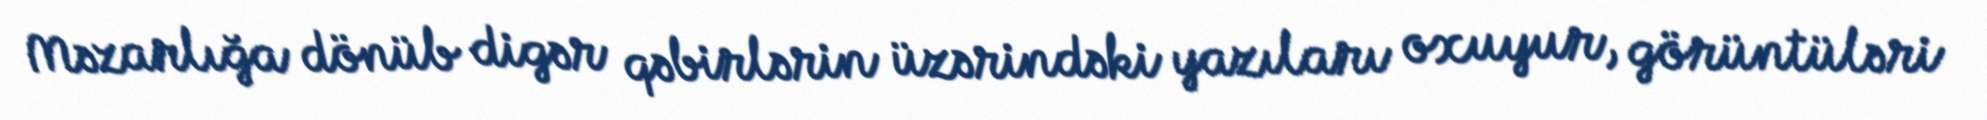
Məzarlığa dönüb digər qəbirlərin üzərindəki yazıları oxuyur, görüntüləri